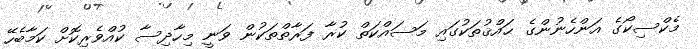
މެކްސިކޯގެ އަންހެނުންގެ ޙައްޤުތަކުގައި މަސައްކަތް ކުރާ ފަރާތްތަކުން ވަނީ މިހާދިސާ ކުއްވެރިކޮށް ކަމާބެހޭ